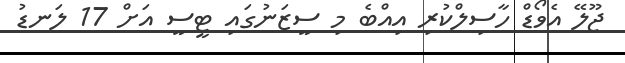
ޖޫލޭ އެވޯޑް ހާސިލްކުރި އިއްބެ މި ސީޒަނުގައި ޓީސީ އަށް 17 ލަނޑު